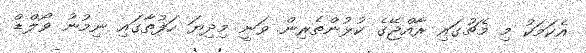
އެކަމަކު މި މެޗުގައި ރާއްޖޭގެ ކުޅުންތެރިން ވަނީ މިދިޔަ ހަފުތާގައި ނިމުނު ވޯލްޑް